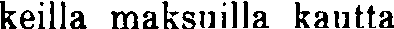
keilla maksuilla kautta